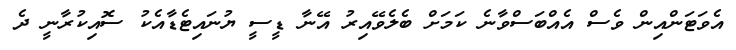
އެވަޓަންއިން ވެސް އެއްބަސްވާނެ ކަމަށް ބެލެވޭއިރު އޭނާ ޑީސީ ޔުނައިޓެޑާއެކު ސޮއިކުރާނީ ދެ